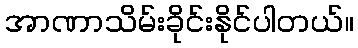
အာဏာသိမ်းခိုင်းနိုင်ပါတယ်။